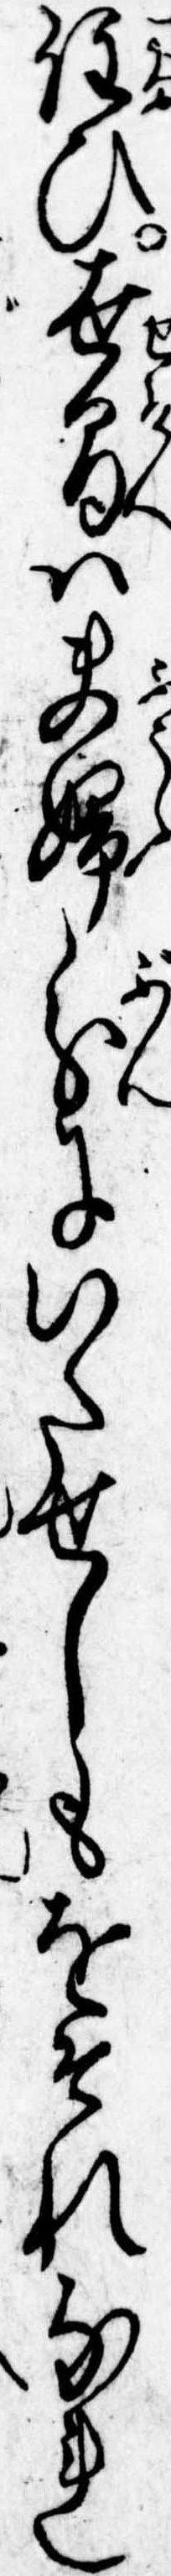
住ひ世間は夫婦分にいたせしもをそれなれ